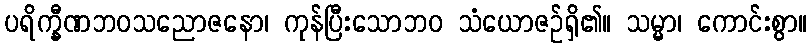
ပရိက္ခီဏဘဝသညောဇနော၊ ကုန်ပြီးသောဘဝ သံယောဇဉ်ရှိ၏။ သမ္မာ၊ ကောင်းစွာ။